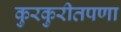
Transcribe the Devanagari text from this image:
कुरकुरीतपणा